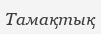
Тамақтық